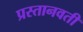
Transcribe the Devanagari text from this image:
प्रस्तानवती